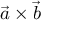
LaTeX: { \vec { a } } \times { \vec { b } }